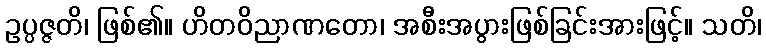
ဥပ္ပဇ္ဇတိ၊ ဖြစ်၏။ ဟိတဝိညာဏတော၊ အစီးအပွားဖြစ်ခြင်းအားဖြင့်။ သတိ၊